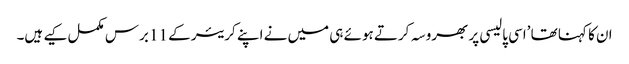
ان کا کہنا تھا ’اسی پالیسی پر بھروسہ کرتے ہوئے ہی میں نے اپنے کریئر کے 11 برس مکمل کیے ہیں۔